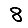
Digit: 8